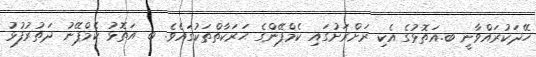
ހޭދަކުރައްވާނީ ބ.އަތޮޅުގެ އެކި ރަށްރަށުގައި ކެމްޕޭންގެ ޙަރަކާތްތަކުގައެވެ. ބ އަތޮޅު ކެމްޕޭނު ދަތުރުފުޅު